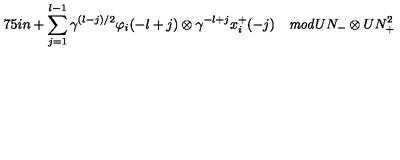
\hspace { . 7 5 i n } + \sum _ { j = 1 } ^ { l - 1 } \gamma ^ { ( l - j ) / 2 } \varphi _ { i } ( - l + j ) \otimes \gamma ^ { - l + j } x _ { i } ^ { + } ( - j ) \quad { \it m o d } U N _ { - } \otimes U N _ { + } ^ { 2 }